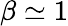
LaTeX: \beta\simeq 1